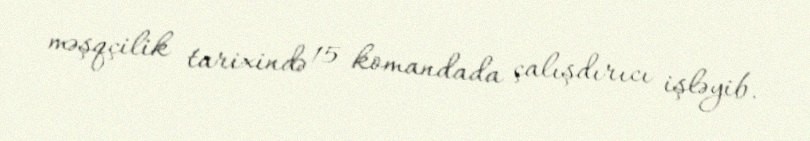
məşqçilik tarixində 15 komandada çalışdırıcı işləyib.